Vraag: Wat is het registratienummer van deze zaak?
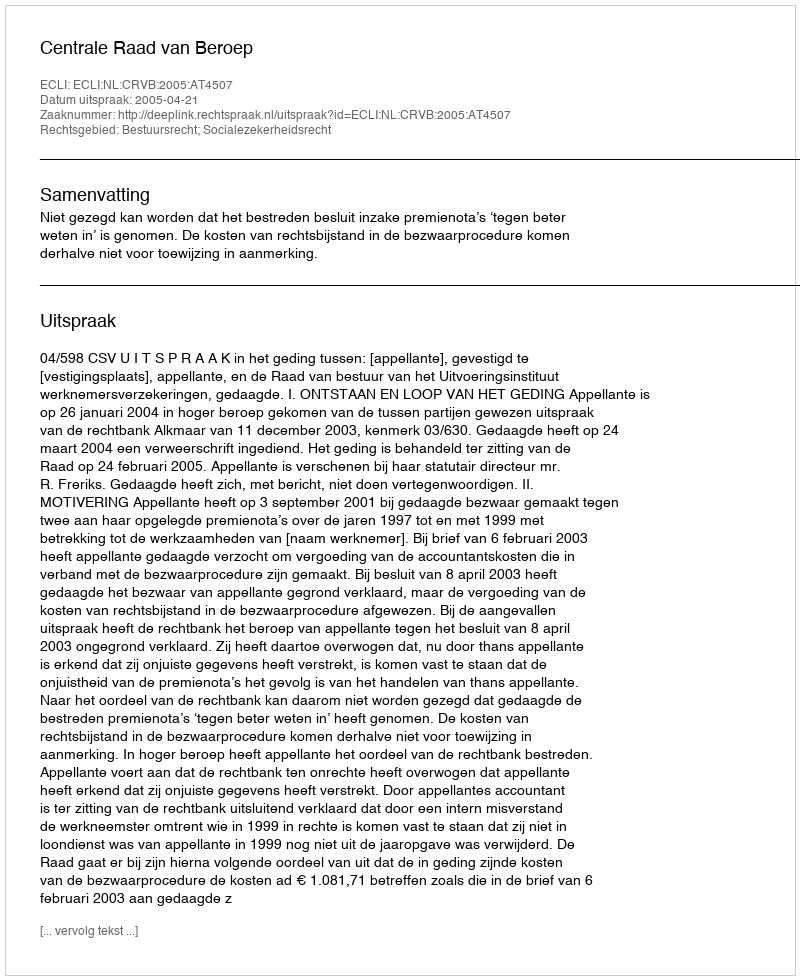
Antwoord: http://deeplink.rechtspraak.nl/uitspraak?id=ECLI:NL:CRVB:2005:AT4507